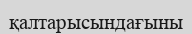
қалтарысындағыны